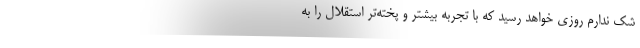
شک ندارم روزی خواهد رسید که با تجربه بیشتر و پخته‌تر استقلال را به